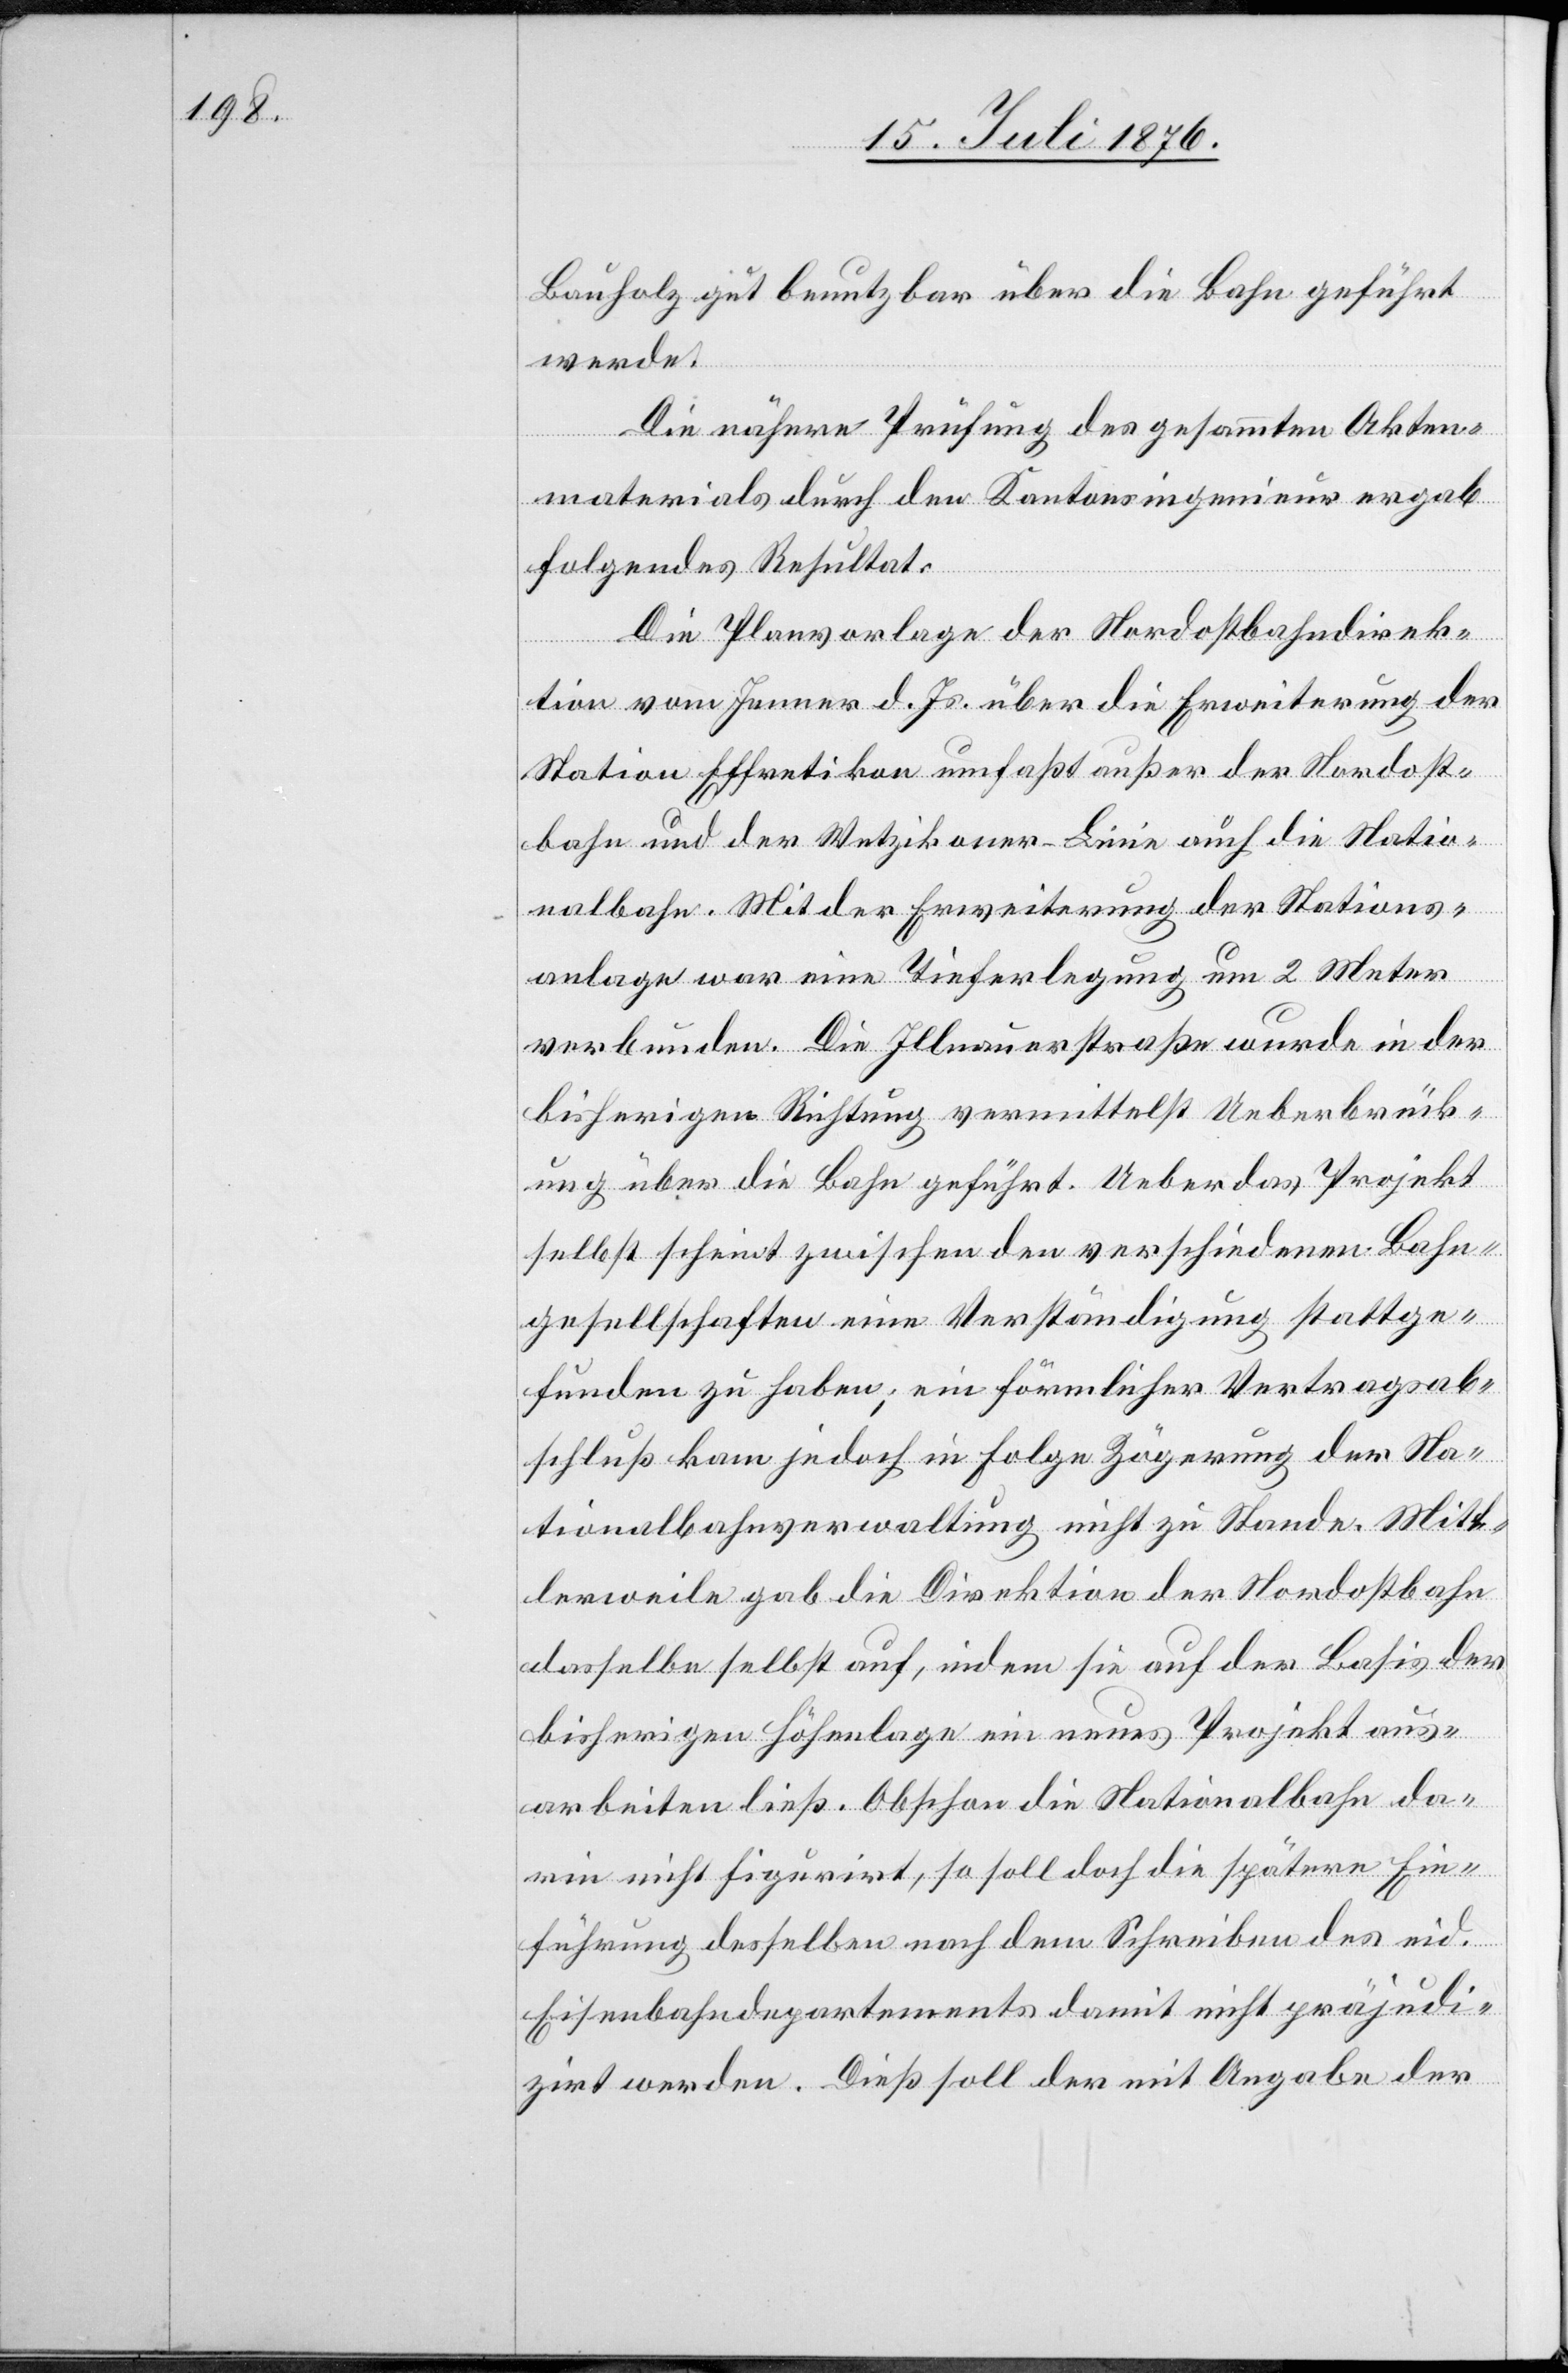
Bauholz gut benutzbar über die Bahn geführt
werde.
Die nähere Prüfung des gesammten Akten¬
materials durch den Kantonsingenieur ergab
folgendes Resultat:
Die Planvorlage der Nordostbahndirek¬
tion vom Jenner d. Js. über die Erweiterung der
Station Effretikon umfaßt außer der Nordost¬
bahn und der Wetzikoner-Linie auch die Natio¬
nalbahn. Mit Erweiterung der Stations¬
anlage war eine Tieferlegung um 2 Meter
verbunden. Die Illnauerstraße wurde in der
bisherigen Richtung vermittelst Ueberbrück¬
ung über die Bahn geführt. Ueber das Projekt
selbst scheint zwischen den verschiedenen Bahn¬
gesellschaften eine Verständigung stattge¬
funden zu haben; ein förmlicher Vertragsab¬
schluß kam jedoch in Folge Zögerung der Na¬
tionalbahnverwaltung nicht zu Stande. Mitt¬
lerweile gab die Direktion der Nordostbahn
dasselbe selbst auf, indem sie auf der Basis der
bisherigen Höhenlage ein neues Projekt aus¬
arbeiten ließ. Obschon die Nationalbahn da¬
rin nicht figurirt, so soll doch die spätere Ein¬
führung desselben nach dem Schreiben des eid.
Eisenbahndepartements damit nicht präjudi¬
zirt werden. Dieß soll der mit Angabe der